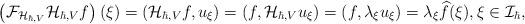
LaTeX: \begin{align*}\left(\mathcal{F}_{\mathcal{H}_{\hbar,V}}\mathcal{H}_{\hbar,V}f\right)(\xi)=(\mathcal{H}_{\hbar,V}f,u_{\xi})=(f,\mathcal{H}_{\hbar,V}u_{\xi})=(f,\lambda_{\xi}u_{\xi})=\lambda_{\xi}\widehat{f}(\xi),\xi\in\mathcal{I}_{\hbar},\end{align*}